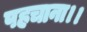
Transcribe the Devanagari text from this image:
पहचाना।।